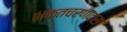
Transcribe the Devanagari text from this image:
भक्तचरणदास